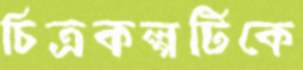
চিত্রকল্পটিকে